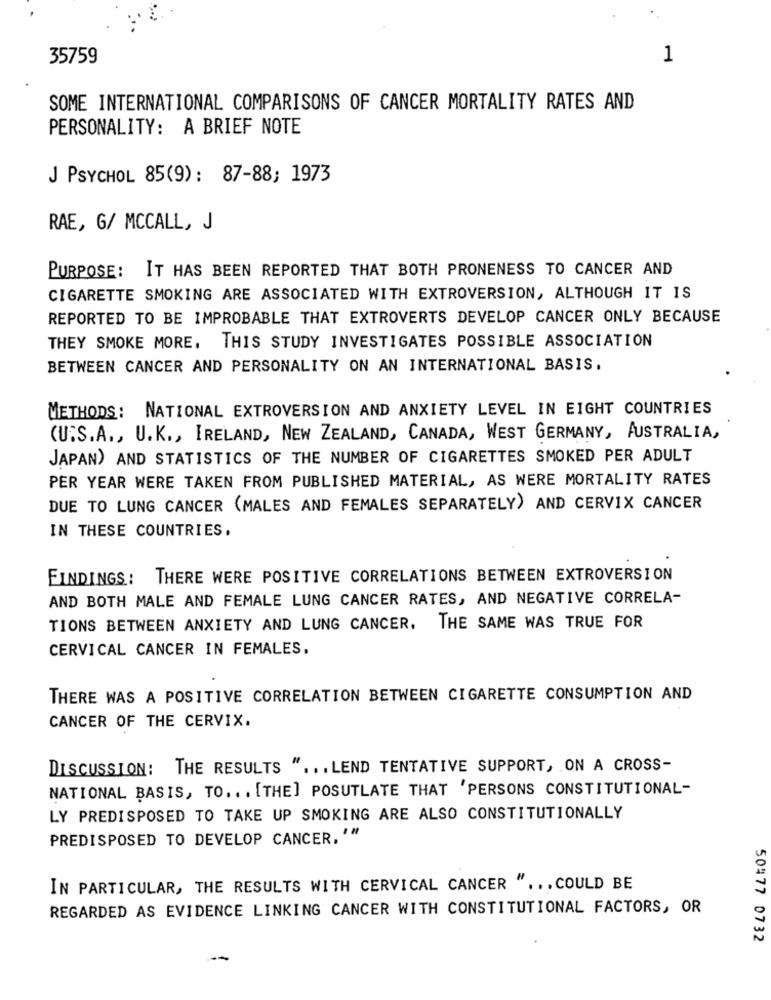
35759
1
SOME INTERNATIONAL COMPARISONS OF CANCER MORTALITY RATES AND
PERSONALITY: A BRIEF NOTE
J PSYCHOL 85(9): 87-88; 1973
RAE, G/ MCCALL, J
PURPOSE: IT HAS BEEN REPORTED THAT BOTH PRONENESS TO CANCER AND
CIGARETTE SMOKING ARE ASSOCIATED WITH EXTROVERSION, ALTHOUGH IT IS
REPORTED TO BE IMPROBABLE THAT EXTROVERTS DEVELOP CANCER ONLY BECAUSE
THEY SMOKE MORE,
THIS STUDY INVESTIGATES POSSIBLE ASSOCIATION
BETWEEN CANCER AND PERSONALITY ON AN INTERNATIONAL BASIS.
METHODS: NATIONAL EXTROVERSION AND ANXIETY LEVEL IN EIGHT COUNTRIES
(U.S.A ., U.K ., IRELAND, NEW ZEALAND, CANADA, WEST GERMANY, AUSTRALIA,
JAPAN) AND STATISTICS OF THE NUMBER OF CIGARETTES SMOKED PER ADULT
PER YEAR WERE TAKEN FROM PUBLISHED MATERIAL, AS WERE MORTALITY RATES
DUE TO LUNG CANCER (MALES AND FEMALES SEPARATELY) AND CERVIX CANCER
IN THESE COUNTRIES.
FINDINGS: THERE WERE POSITIVE CORRELATIONS BETWEEN EXTROVERSION
AND BOTH MALE AND FEMALE LUNG CANCER RATES, AND NEGATIVE CORRELA-
TIONS BETWEEN ANXIETY AND LUNG CANCER.
THE SAME WAS TRUE FOR
CERVICAL CANCER IN FEMALES.
THERE WAS A POSITIVE CORRELATION BETWEEN CIGARETTE CONSUMPTION AND
CANCER OF THE CERVIX.
DISCUSSION: THE RESULTS " ... LEND TENTATIVE SUPPORT, ON A CROSS-
NATIONAL BASIS, TO ... [THE] POSUTLATE THAT 'PERSONS CONSTITUTIONAL-
LY PREDISPOSED TO TAKE UP SMOKING ARE ALSO CONSTITUTIONALLY
PREDISPOSED TO DEVELOP CANCER, '"
IN PARTICULAR, THE RESULTS WITH CERVICAL CANCER " ... COULD BE
REGARDED AS EVIDENCE LINKING CANCER WITH CONSTITUTIONAL FACTORS, OR
50477 0732